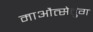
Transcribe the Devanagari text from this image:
माऔत्सेतुंग